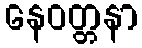
နေဝတ္တနာ